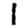
Digit: 1